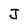
Character: J